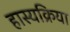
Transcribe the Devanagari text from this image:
हास्यक्रिया